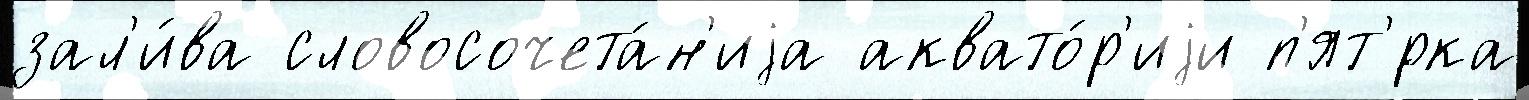
зал'и́ва словосочета́н'иjа аквато́р'иjи п'ят'́рка